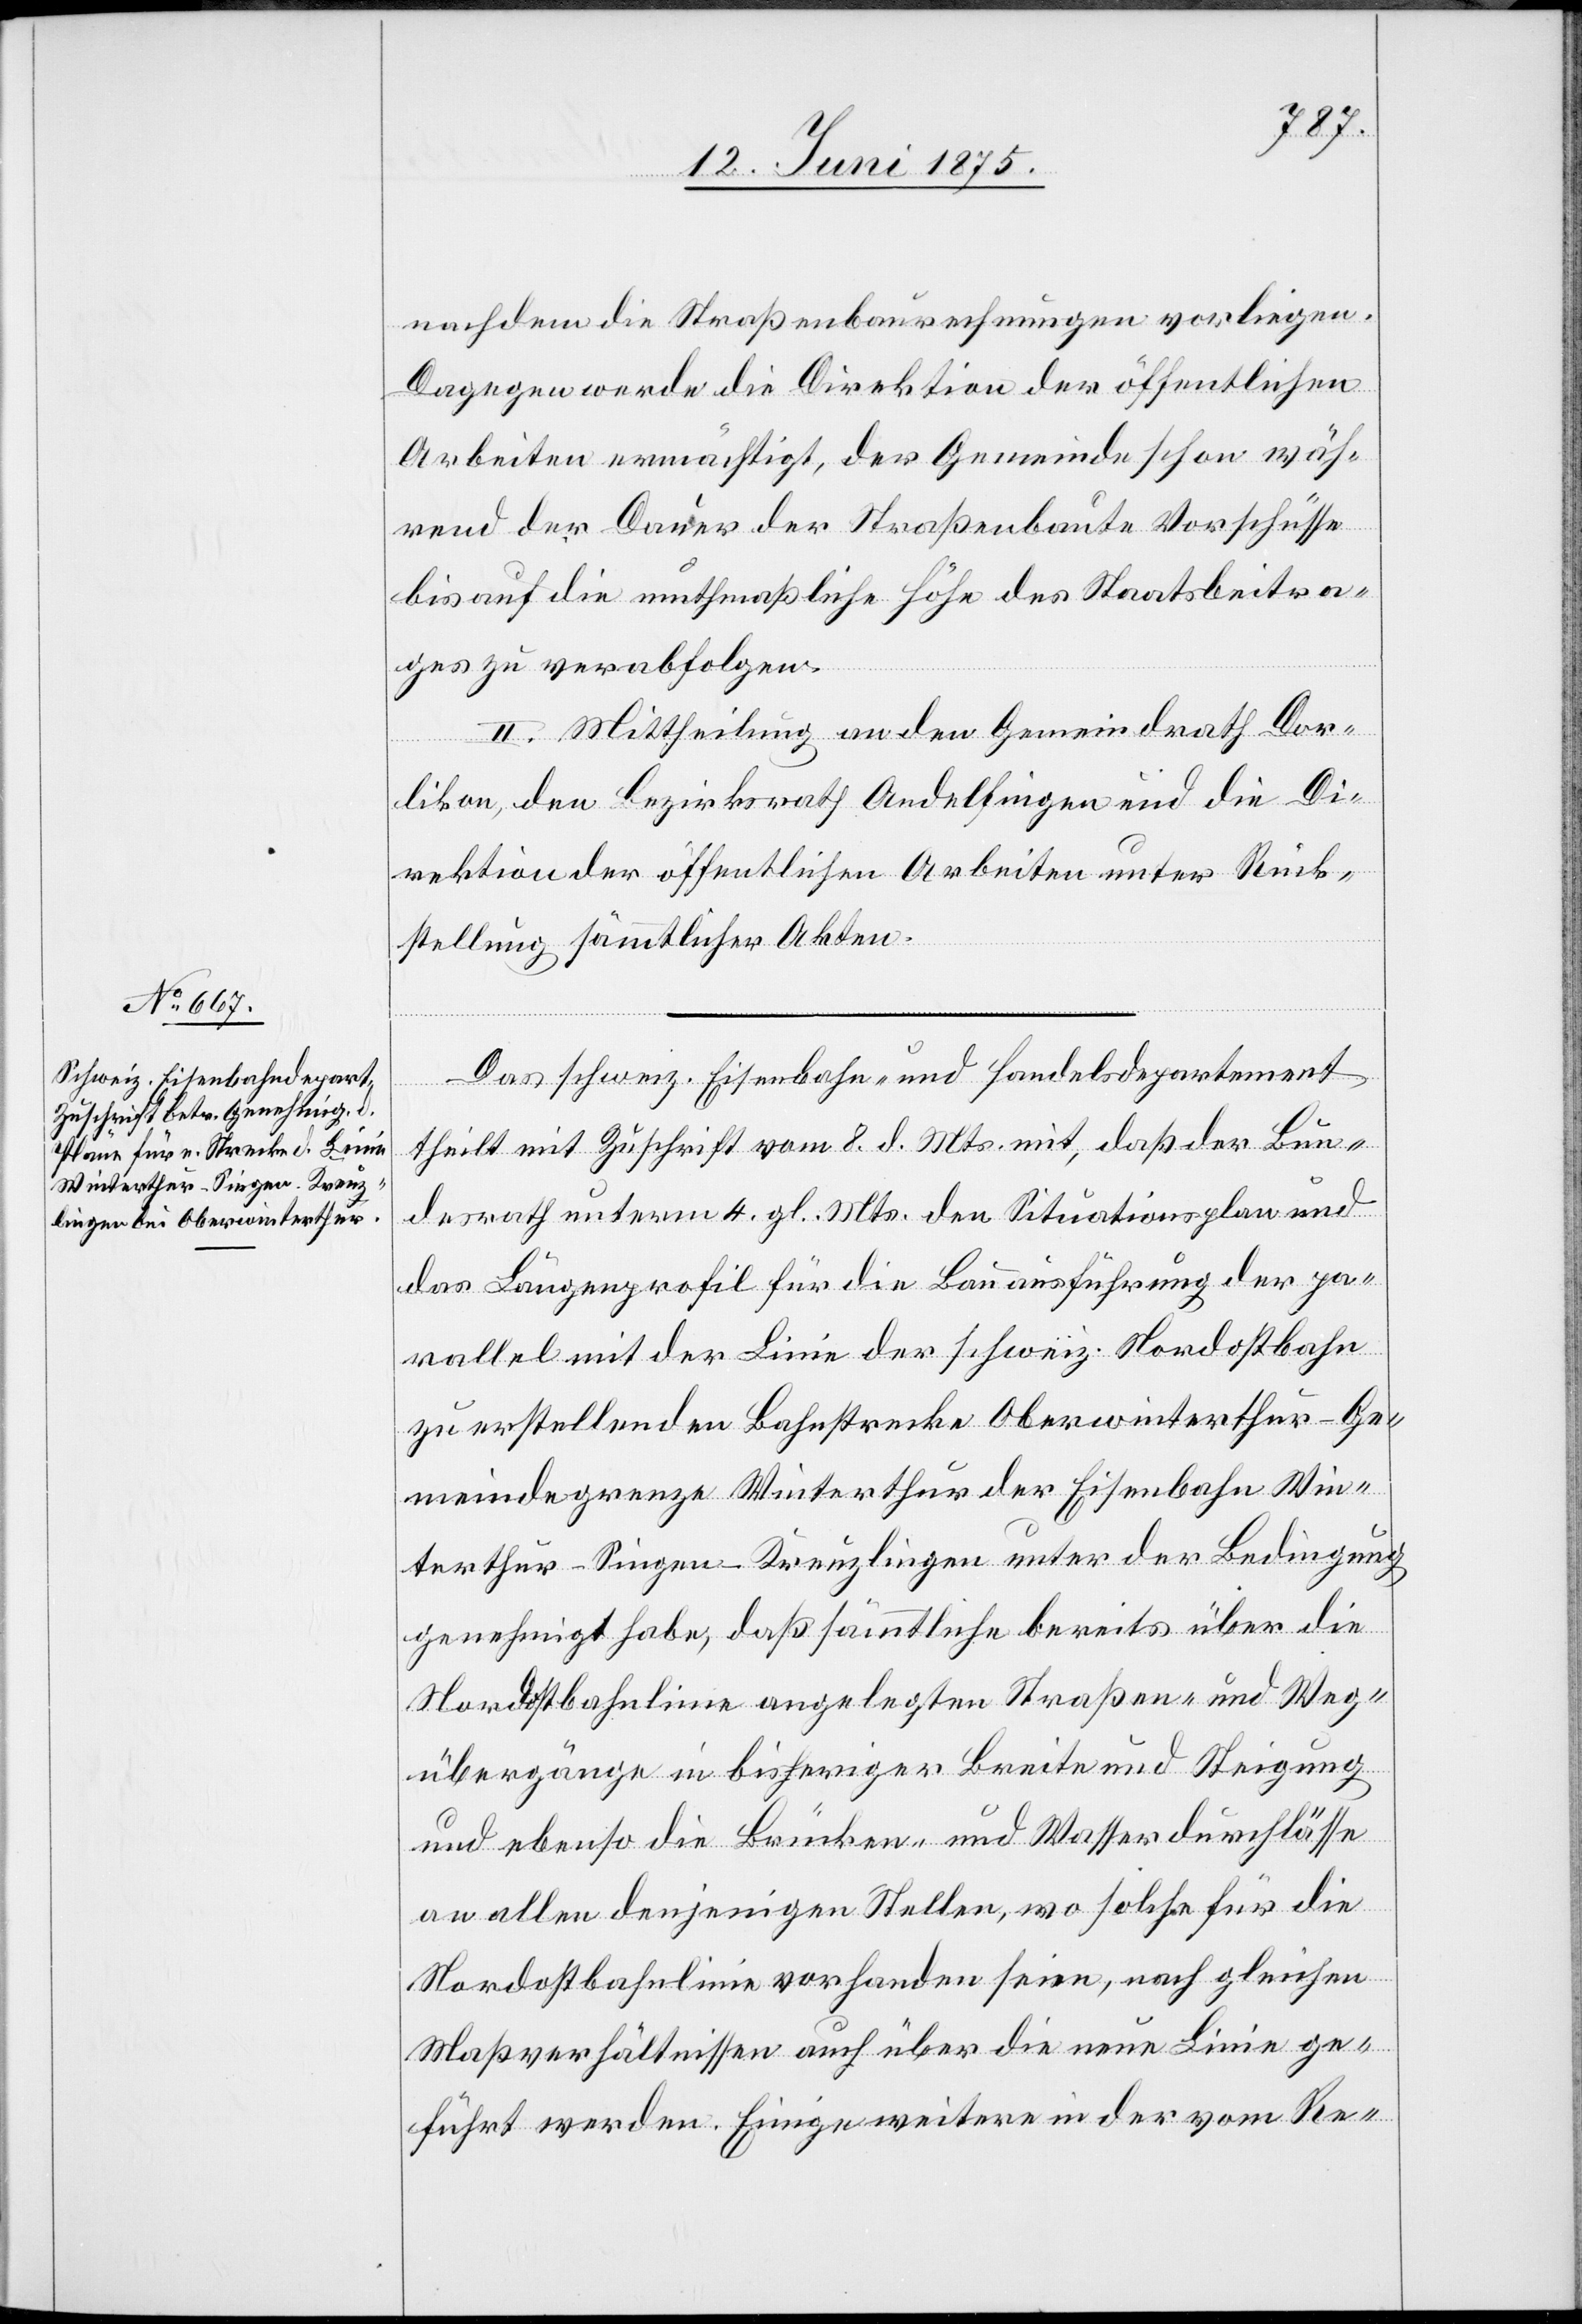
nachdem die Straßenbaurechnungen vorliegen.
Dagegen werde die Direktion der öffentlichen
Arbeiten ermächtigt, der Gemeinde schon wäh¬
rend der Dauer der Straßenbaute Vorschüsse
bis auf die muthmaßliche Höhe des Staatsbeitra¬
ges zu verabfolgen.
II. Mittheilung an den Gemeindrath Dor¬
likon, den Bezirksrath Andelfingen und die Di¬
rektion der öffentlichen Arbeiten unter Rück¬
stellung sämmtlicher Akten.
Das schweiz. Eisenbahn- und Handelsdepartement
theilt mit Zuschrift vom 8. d. Mts mit, daß der Bun¬
desrath unterm 4. gl. Mts. den Situationsplan und
das Längenprofil für die Bauausführung der pa¬
rallel mit der Linie der schweiz. Nordostbahn
zu erstellenden Bahnstrecke Oberwinterthur–Ge¬
meindegrenze Winterthur der Eisenbahn Win¬
terthur–Singen–Kreuzlingen unter der Bedingung
genehmigt habe, daß sämmtliche bereits über die
Nordostbahnlinie angelegten Straßen- und Weg¬
übergänge in bisheriger Breite und Steigung
und ebenso die Brücken- und Wasserdurchlässe
an allen denjenigen Stellen, wo solche für die
Nordostbahnlinie vorhanden seien, nach gleichen
Maßverhältnissen auch über die neue Linie ge¬
führt werden. Einige weitere in der vom Re-